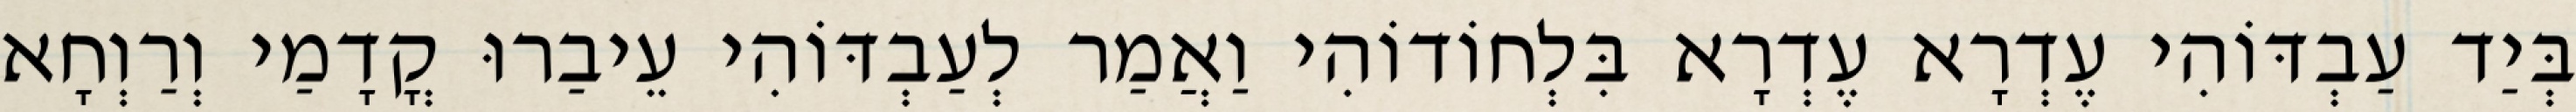
בְּיַד עַבְדּוֹהִי עֶדְרָא עֶדְרָא בִּלְחוֹדוֹהִי וַאֲמַר לְעַבְדּוֹהִי עֵיבַרוּ קֳדָמַי וְרַוְחָא